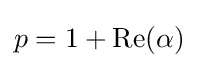
p=1+\operatorname {Re} (\alpha )